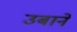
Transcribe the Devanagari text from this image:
उबाने